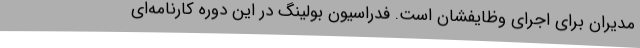
مدیران برای اجرای وظایفشان است. فدراسیون بولینگ در این دوره کارنامه‌ای